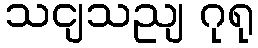
သငျသညျ ဂုရု